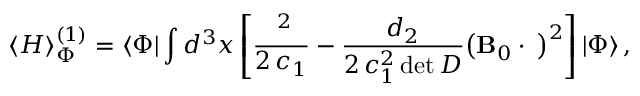
\left\langle H \right\rangle _ { \Phi } ^ { \left( 1 \right) } = \left\langle \Phi \right| \int { { d ^ { 3 } } x } \left[ { \frac { { { { \bf \Pi } ^ { 2 } } } } { { 2 \, { c _ { 1 } } } } - \frac { { { d _ { 2 } } } } { { 2 \, c _ { 1 } ^ { 2 } \operatorname* { d e t } D } } { { \left( { { \bf B } _ { 0 } \cdot { \bf \Pi } } \right) } ^ { 2 } } } \right] \left| \Phi \right\rangle ,